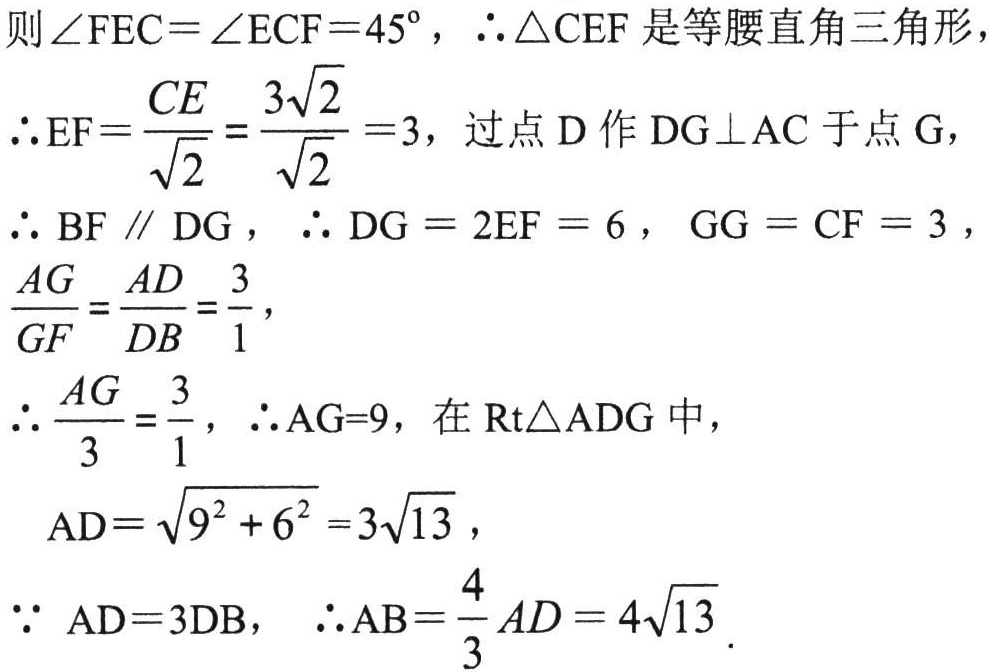
则\(\angle FEC = \angle ECF = 45^{\circ}\)，\(\therefore \triangle CEF\)是等腰直角三角形，
\(\therefore EF=\dfrac{CE}{\sqrt{2}}=\dfrac{3\sqrt{2}}{\sqrt{2}} = 3\)，过点\(D\)作\(DG\perp AC\)于点\(G\)，
\(\therefore BF\parallel DG\)，\(\therefore DG = 2EF = 6\)，\(GG = CF = 3\)，
\(\dfrac{AG}{GF}=\dfrac{AD}{DB}=\dfrac{3}{1}\)，
\(\therefore \dfrac{AG}{3}=\dfrac{3}{1}\)，\(\therefore AG = 9\)，在\(\text{Rt}\triangle ADG\)中，
\(AD=\sqrt{9^{2}+6^{2}} = 3\sqrt{13}\)，
\(\because AD = 3DB\)，\(\therefore AB=\dfrac{4}{3}AD = 4\sqrt{13}\)．